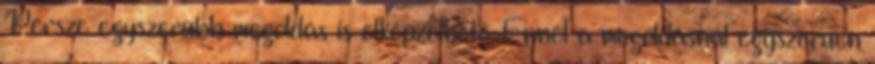
Persze egyszerübb megoldás is elképzelhetõ: Ennél a megoldásnál egyszerüen